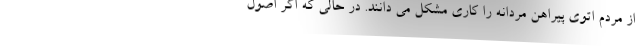
از مردم اتوی پیراهن مردانه را کاری مشکل می دانند. در حالی که اگر اصول